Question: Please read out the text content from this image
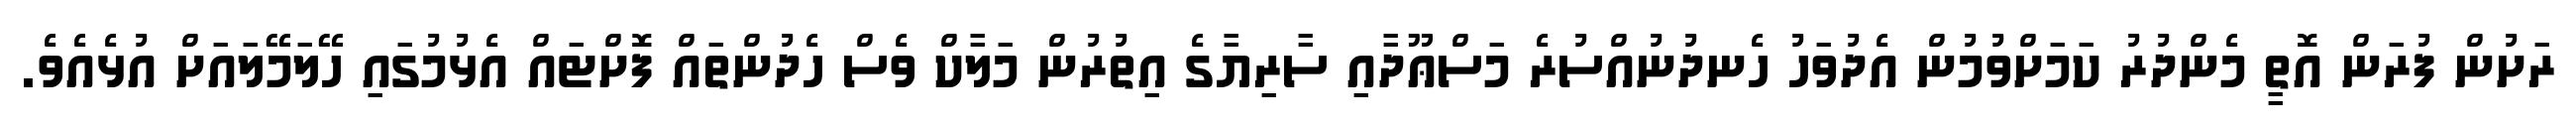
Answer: ރަށުން ފުރަން އޮތީ މެންދުރު ކަމަށްވުމުން އެދުވަހު ހެނދުނުއްސުރެ މަސްޢޫދާއި ސާރިޔާގެ އިތުރުން މަލާކް ވެސް ހެދުންތައް ފޮށްޓައް އެޅުމުގައި ހޭލަމޭލައަށް އުޅެއެވެ.